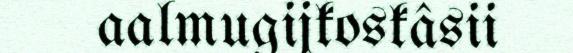
aalmugijkoskâsii